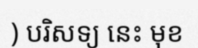
) បរិសទ្យ នេះ មុខ